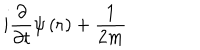
i \frac { \partial } { \partial t } \psi \left( \mathbf { r } \right) + \frac { 1 } { 2 m }